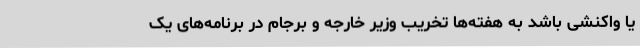
یا واکنشی باشد به هفته‌ها تخریب وزیر خارجه و برجام در برنامه‌های یک